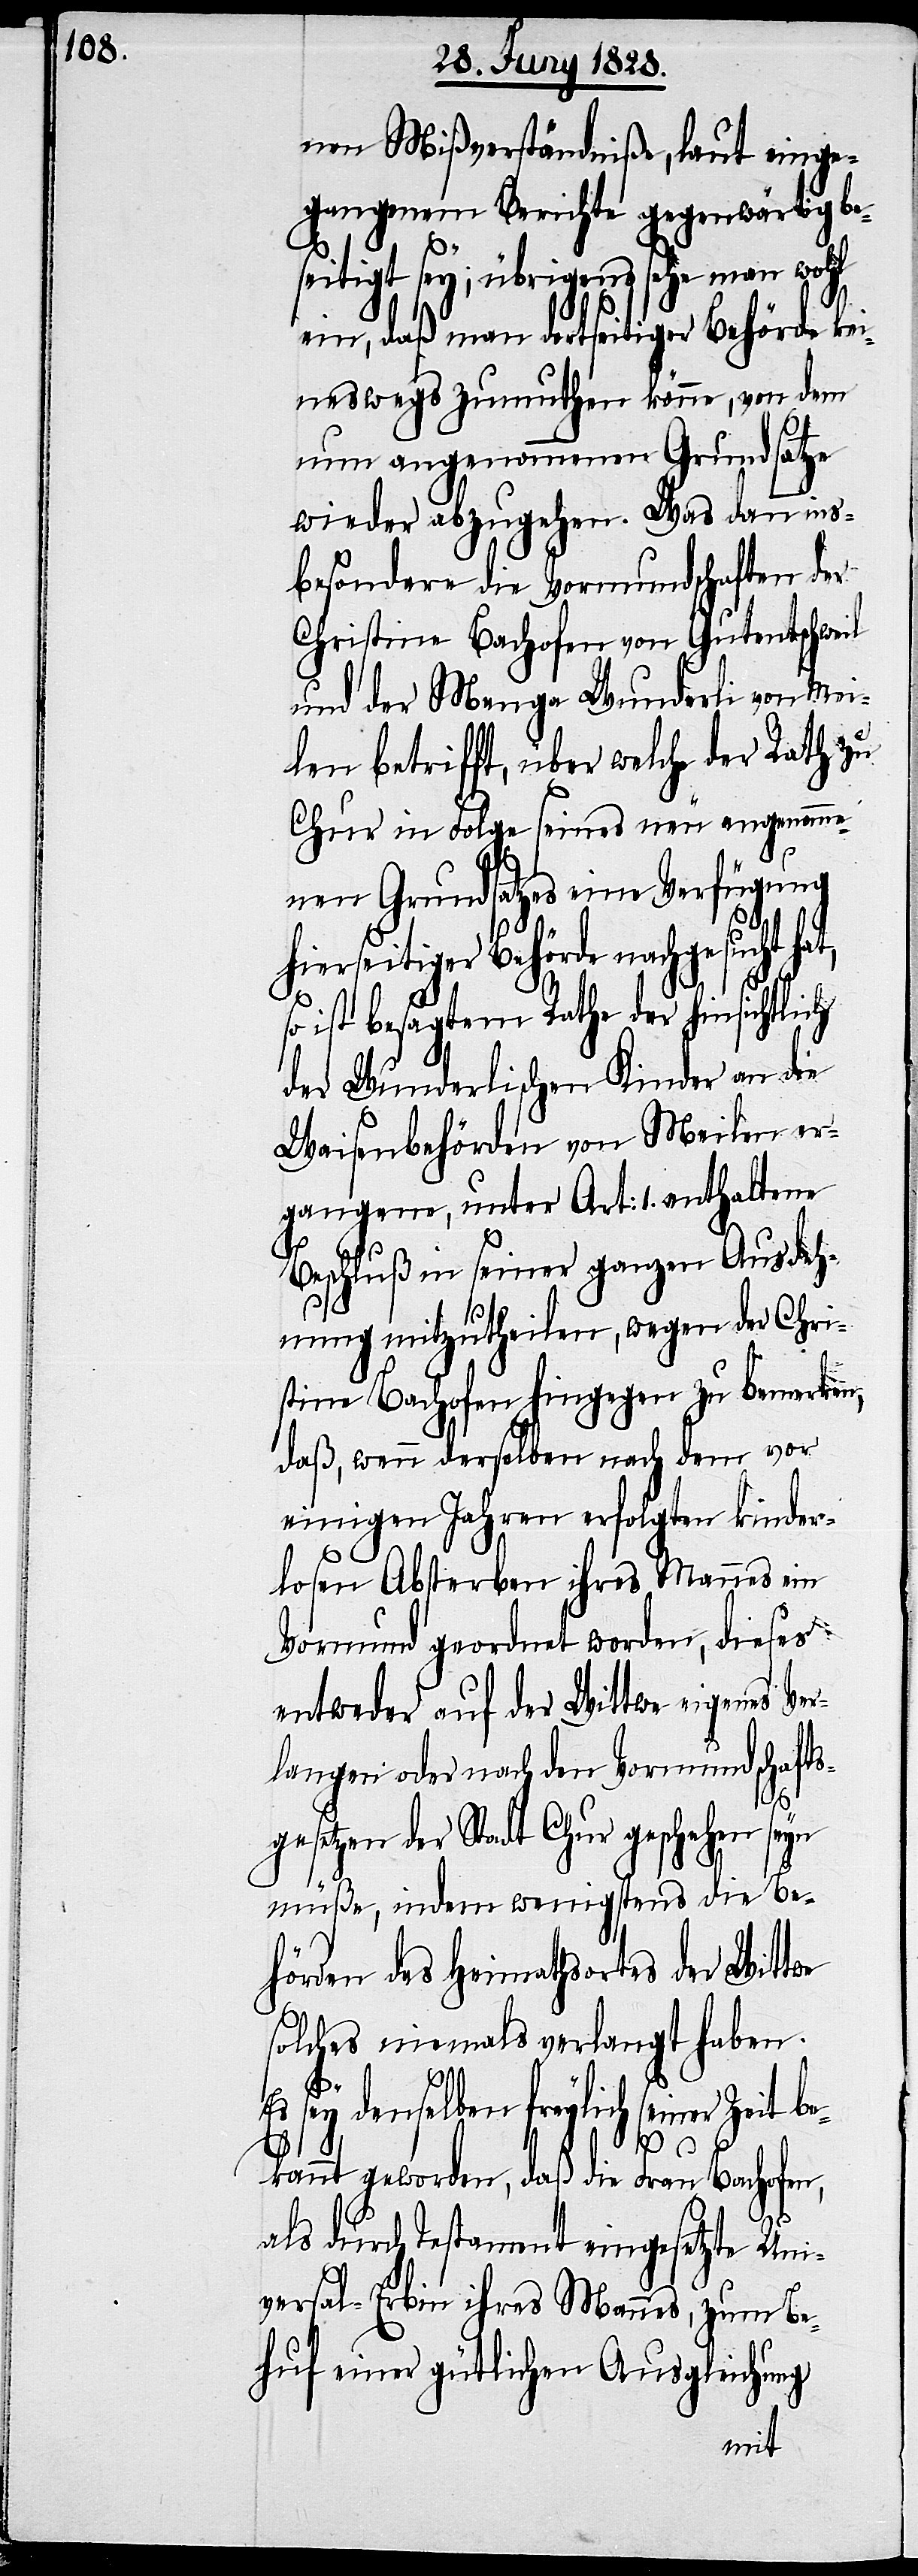
nen Mißverständniße, laut einge¬
gangenem Berichte gegenwärtig be¬
seitigt sey; übrigens sehe man wohl
ein, daß man dortseitiger Behörde kei¬
neswegs zumuthen könne, von dem
nun angenommenen Grundsatze
wieder abzugehen. Was dann ins¬
besondere die Vormundschaften der
Christina Bachofen von Gutentschweil
und der Menga Wunderli von Mei¬
len betrifft, über welche der Rath zu
Chur in Folge seines neu angenomme¬
hi¬
nen Grundsatzes eine Verfügung
erseitiger Behörde nachgesucht
so ist besagtem Rathe der hinsichtlich
der Wunderlischen Kinder an die
Waisenbehörden von Meilen er¬
gangene, unter Art: 1. enthaltene
Beschluß in seiner ganzen Ausdeh¬
nung mitzutheilen, wegen der Chri¬
stine Bachofen hingegen zu bemerken,
daß, wenn derselben nach dem vor
einigen Jahren erfolgten kinder¬
losen Absterben ihres Mannes ein
Vormund geordnet worden, dieses
entweder auf der Wittwe eigenes Ver¬
langen oder nach den Vormundschafts¬
gesetzen der Stadt Chur geschehen seyn
müße, indem wenigstens die Be¬
hörden des Heimathortes der Wittwe
solches niemals verlangt haben.
Es sey denselben freylich seiner Zeit
bekannt geworden, daß die Frau Bachofen,
als durch Testament eingesetzte Uni¬
versal-Erbin ihres Mannes, zum Be¬
huf einer gütlichen Ausgleichung